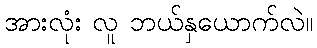
အားလုံး လူ ဘယ်နှယောက်လဲ။